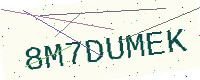
Text: 8M7DUMEK